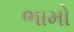
ભામો